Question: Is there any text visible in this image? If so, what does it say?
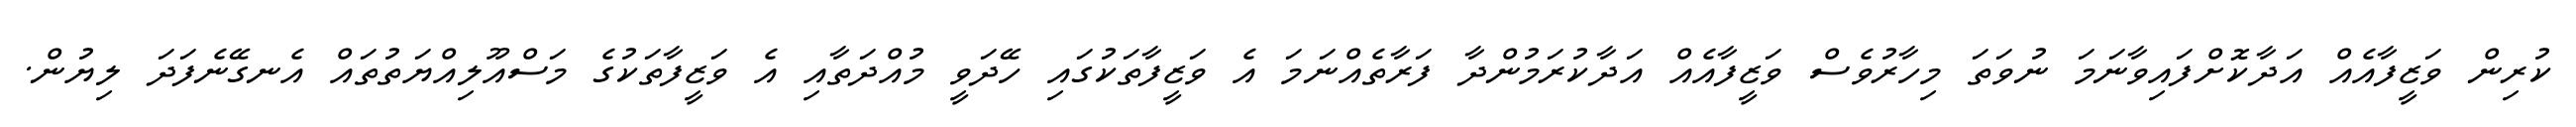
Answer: ކުރިން ވަޒީފާއެއް އަދާކޮށްފައިވާނަމަ ނުވަތަ މިހާރުވެސް ވަޒީފާއެއް އަދާކުރަމުންދާ ފަރާތެއްނަމަ އެ ވަޒީފާތަކުގައި ހޭދަވީ މުއްދަތާއި އެ ވަޒީފާތަކުގެ މަސްއޫލިއްޔަތުތައް އެނގޭނެފަދަ ލިޔުން.